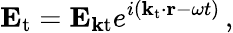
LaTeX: \mathbf{E}_{\mathrm{t}}=\mathbf{E}_{\mathbf{k}{\mathrm{t}}}e^{i(\mathbf{k_{\mathrm{t}}\cdot r}-\omega t)}\, ,